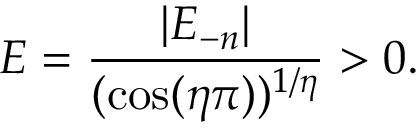
E = \frac { | E _ { - n } | } { ( \cos ( \eta \pi ) ) ^ { 1 / \eta } } > 0 .